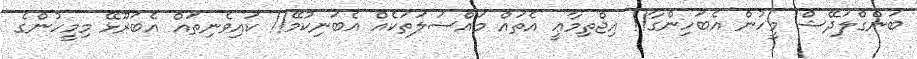
ބަންގްލަދޭޝް މީހުން އެބަހިންގާ!! އިޖްތިމާޢީ އެތައް މައްސަލަތަކެއް އެބަނިކުމޭ!! ކައިވެނިތައް އެބަރޫޅޭ މިމީހުންގެ